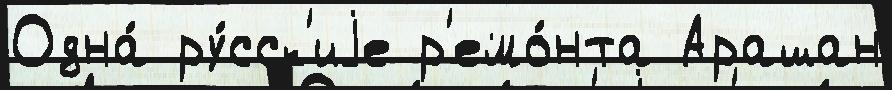
Одна́ ру́сск'иjе р'емо́нта Арашан